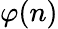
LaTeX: \varphi(n)